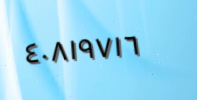
٤٠٨١٩٧١٦